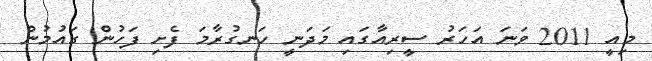
މިއީ 2011 ވަނަ އަހަރު ސީރިއާގައި މަދަނީ ހަނގުރާމަ ފެށި ފަހުން ގައުމުން